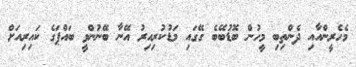
މެހެރީންއާއި ދެންތިބި މީހުން ބޮޑުބޭބެ ގޭގައި މަޑުކުރިއިރު އޭނާ ބޭނުންވީ ބައްޕަގެ ކައިރިއަށް